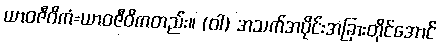
ယာဝဇီဝိကံ=ယာဝဇီဝိကတည်း။ (ဝါ) အသက်အပိုင်းအခြားတိုင်အောင်